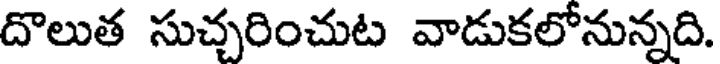
దొలుత సుచ్చరించుట వాడుకలోనున్నది.